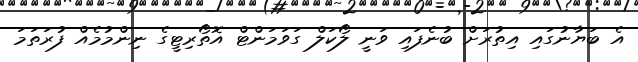
އެ ބަޔާނުގައި އިތުރަށް ބުނެފައި ވަނީ ލޯކަލް ގަވަމަންޓް އޮތޯރިޓީގެ ނިންމުމެއް ފުރަތަމަ